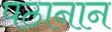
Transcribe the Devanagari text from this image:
पठानान